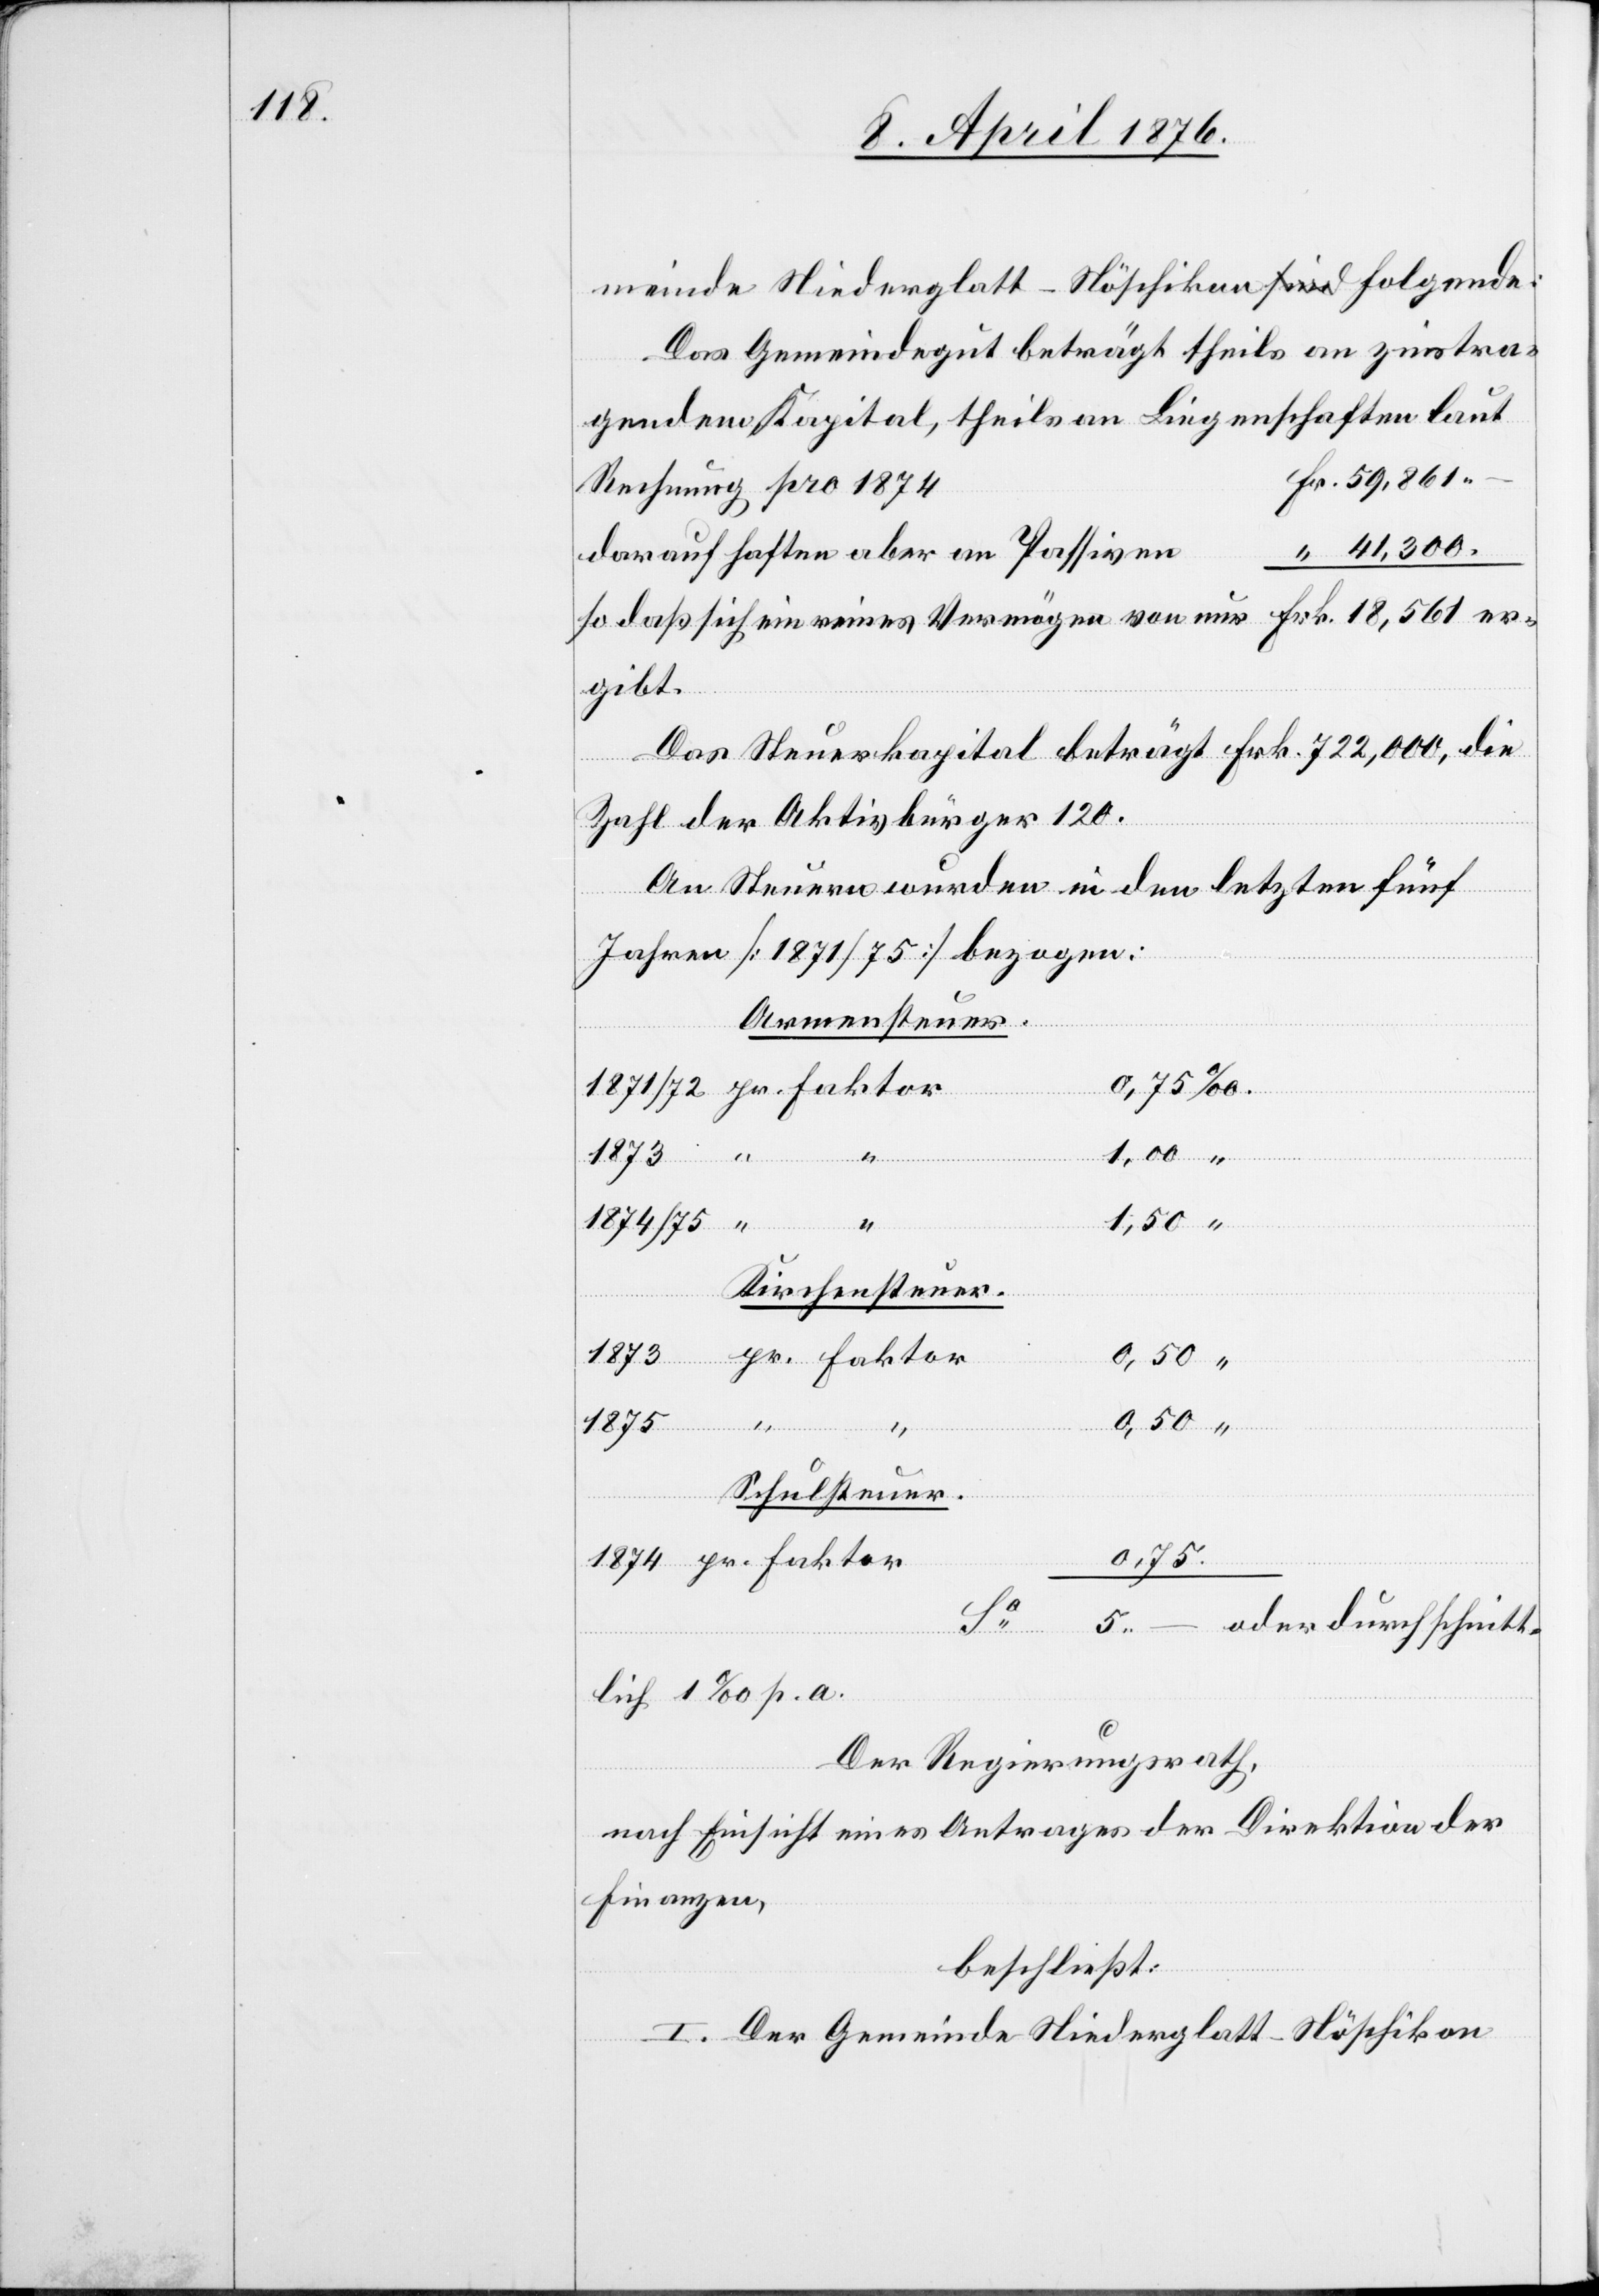
meinde Niederglatt-Nöschikon Folgende:
Das Gemeindegut beträgt theils an zinstra¬
gendem Kapital, theils an Liegenschaften laut
Rechnung pro 1874
darauf haften aber an Passiven
so daß sich ein reines Vermögen von nur Frk. 18561 er¬
gibt.
Das Steuerkapital beträgt Frk. 722,000, die
Zahl der Aktivbürger 120.
An Steuern wurden in den letzten fünf
Jahren [1871/75] bezogen:
Armensteuer.
1873
1874/75
“
0,50
“
or
Kirchensteuer.
0,75
“
Schulsteuer.
oder durchschnitt¬
Sa
Fakt¬
5 –
lich 1 ‰ p. a.
Der Regierungsrath,
nach Einsicht eines Antrages der Direktion der
Finanzen,
beschließt:
I. Der gemeinde Niederglatt-Nöschikon